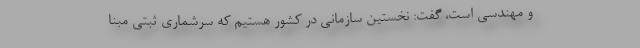
و مهندسی است، گفت: نخستین سازمانی در کشور هستیم که سرشماری ثبتی مبنا